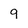
Character: 9